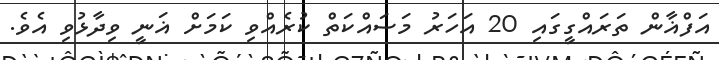
އަފްޣާން ތަރައްގީގައި 20 އަަހަރު މަސައްކަތް ކުރެއްވި ކަމަށް ޣަނީ ވިދާޅުވި އެވެ.